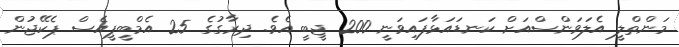
މަންތްލީ އެލަވަންސްއަށް ކަނޑައަޅާފައިވަނީ 200 ޖީބީ އެވެ. ދިރާގުގެ 25 އެމްބީޕީއެސް ޕެކޭޖުން